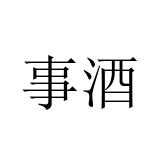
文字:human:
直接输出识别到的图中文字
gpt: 事酒